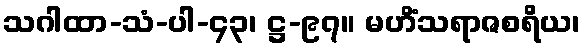
သဂါထာ-သံ-ပါ-၄၃၊ ဋ္ဌ-၉၇။ မဟိံသရာဇစရိယ၊